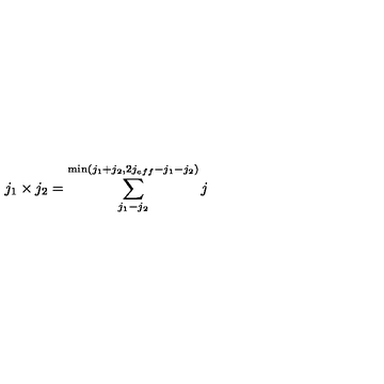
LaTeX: j _ { 1 } \times j _ { 2 } = \sum _ { j _ { 1 } - j _ { 2 } } ^ { \min ( j _ { 1 } + j _ { 2 } , 2 j _ { e f f } - j _ { 1 } - j _ { 2 } ) } j